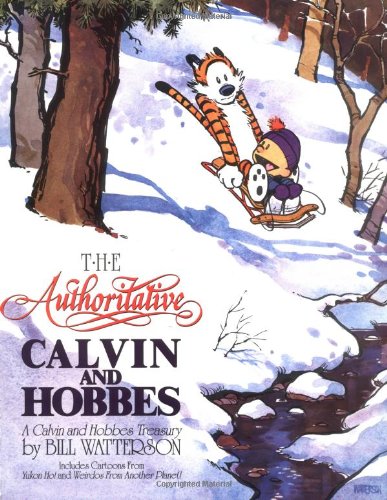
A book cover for The Authoritative Calvin and Hobbes (A Calvin And Hobbes Treasury); Bill Watterson; Comics & Graphic Novels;